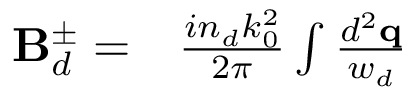
\begin{array} { r l } { \mathbf { B } _ { d } ^ { \pm } = } & { { } \frac { i n _ { d } k _ { 0 } ^ { 2 } } { 2 \pi } \int \frac { d ^ { 2 } \mathbf { q } } { w _ { d } } } \end{array}